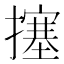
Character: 㩙